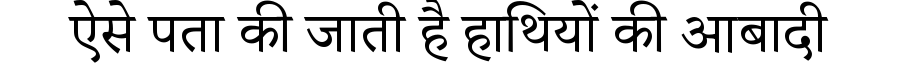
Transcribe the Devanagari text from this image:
ऐसे पता की जाती है हाथियों की आबादी